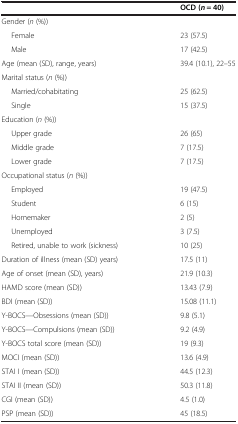
|  | OCD (n = 40) |
 | --- | --- |
 | Gender (n (%)) |  |
 | Female | 23 (57.5) |
 | Male | 17 (42.5) |
 | Age (mean (SD), range, years) | 39.4 (10.1), 22–55 |
 | Marital status (n (%)) |  |
 | Married/cohabitating | 25 (62.5) |
 | Single | 15 (37.5) |
 | Education (n (%)) |  |
 | Upper grade | 26 (65) |
 | Middle grade | 7 (17.5) |
 | Lower grade | 7 (17.5) |
 | Occupational status (n (%)) |  |
 | Employed | 19 (47.5) |
 | Student | 6 (15) |
 | Homemaker | 2 (5) |
 | Unemployed | 3 (7.5) |
 | Retired, unable to work (sickness) | 10 (25) |
 | Duration of illness (mean (SD) years) | 17.5 (11) |
 | Age of onset (mean (SD), years) | 21.9 (10.3) |
 | HAMD score (mean (SD)) | 13.43 (7.9) |
 | BDI (mean (SD)) | 15.08 (11.1) |
 | Y-BOCS—Obsessions (mean (SD)) | 9.8 (5.1) |
 | Y-BOCS—Compulsions (mean (SD)) | 9.2 (4.9) |
 | Y-BOCS total score (mean (SD)) | 19 (9.3) |
 | MOCI (mean (SD)) | 13.6 (4.9) |
 | STAI I (mean (SD)) | 44.5 (12.3) |
 | STAI II (mean (SD)) | 50.3 (11.8) |
 | CGI (mean (SD)) | 4.5 (1.0) |
 | PSP (mean (SD)) | 45 (18.5) |